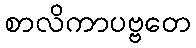
စာလိကာပဗ္ဗတေ